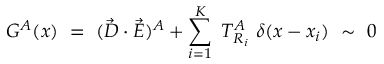
{ \cal G } ^ { A } ( x ) ~ = ~ ( \vec { D } \cdot \vec { E } ) ^ { A } + \sum _ { i = 1 } ^ { K } ~ T _ { R _ { i } } ^ { A } ~ \delta ( x - x _ { i } ) ~ \sim ~ 0